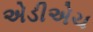
એડીએચ